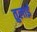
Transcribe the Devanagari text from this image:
तुलाई